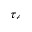
\tau _ { \ell }